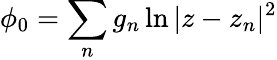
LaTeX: \phi_{0}=\sum_{n}g_{n}\ln|z-z_{n}|^{2}